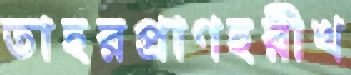
তাহরপ্রাণহরীখ